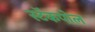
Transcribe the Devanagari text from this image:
स्टॅकपोल